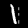
Digit: 1